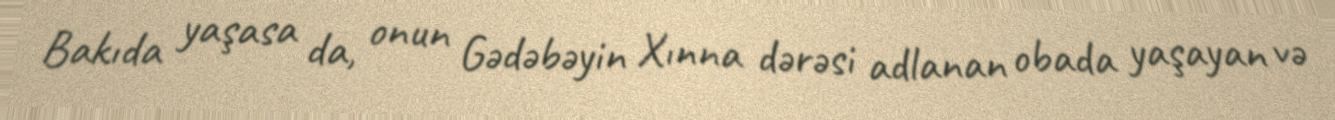
Bakıda yaşasa da, onun Gədəbəyin Xınna dərəsi adlanan obada yaşayan və